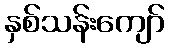
နှစ်သန်းကျော်